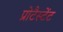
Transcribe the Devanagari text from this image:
प्रोटैस्टेंट